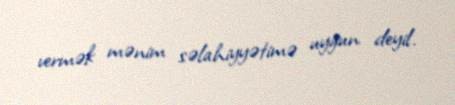
vermək mənim səlahiyyətimə uyğun deyil.